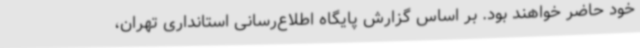
خود حاضر خواهند بود. بر اساس گزارش پایگاه اطلاع‌رسانی استانداری تهران،